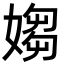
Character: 媰